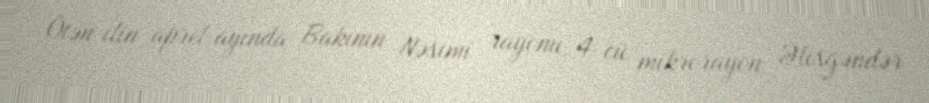
Ötən ilin aprel ayında Bakının Nəsimi rayonu, 4-cü mikrorayon, Əlisgəndər